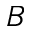
B